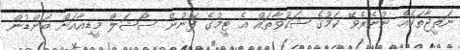
ނަތީޖާތަކެއް ނުނެރެވޭ ކަމުގެ ޝަކުވާތައް އެ ޓީމުގެ ފޭނުން ސޯޝަލް މީޑިއާއަށް ބަންޑުން